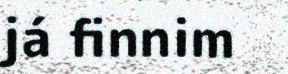
já finnim